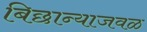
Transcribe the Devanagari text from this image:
बिछान्याजवळ